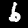
Digit: 6